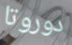
دوروتا